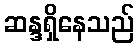
ဆန္ဒရှိနေသည်